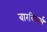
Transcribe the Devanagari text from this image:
बारबियर्स